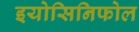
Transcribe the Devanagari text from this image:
इयोसिनिफोल